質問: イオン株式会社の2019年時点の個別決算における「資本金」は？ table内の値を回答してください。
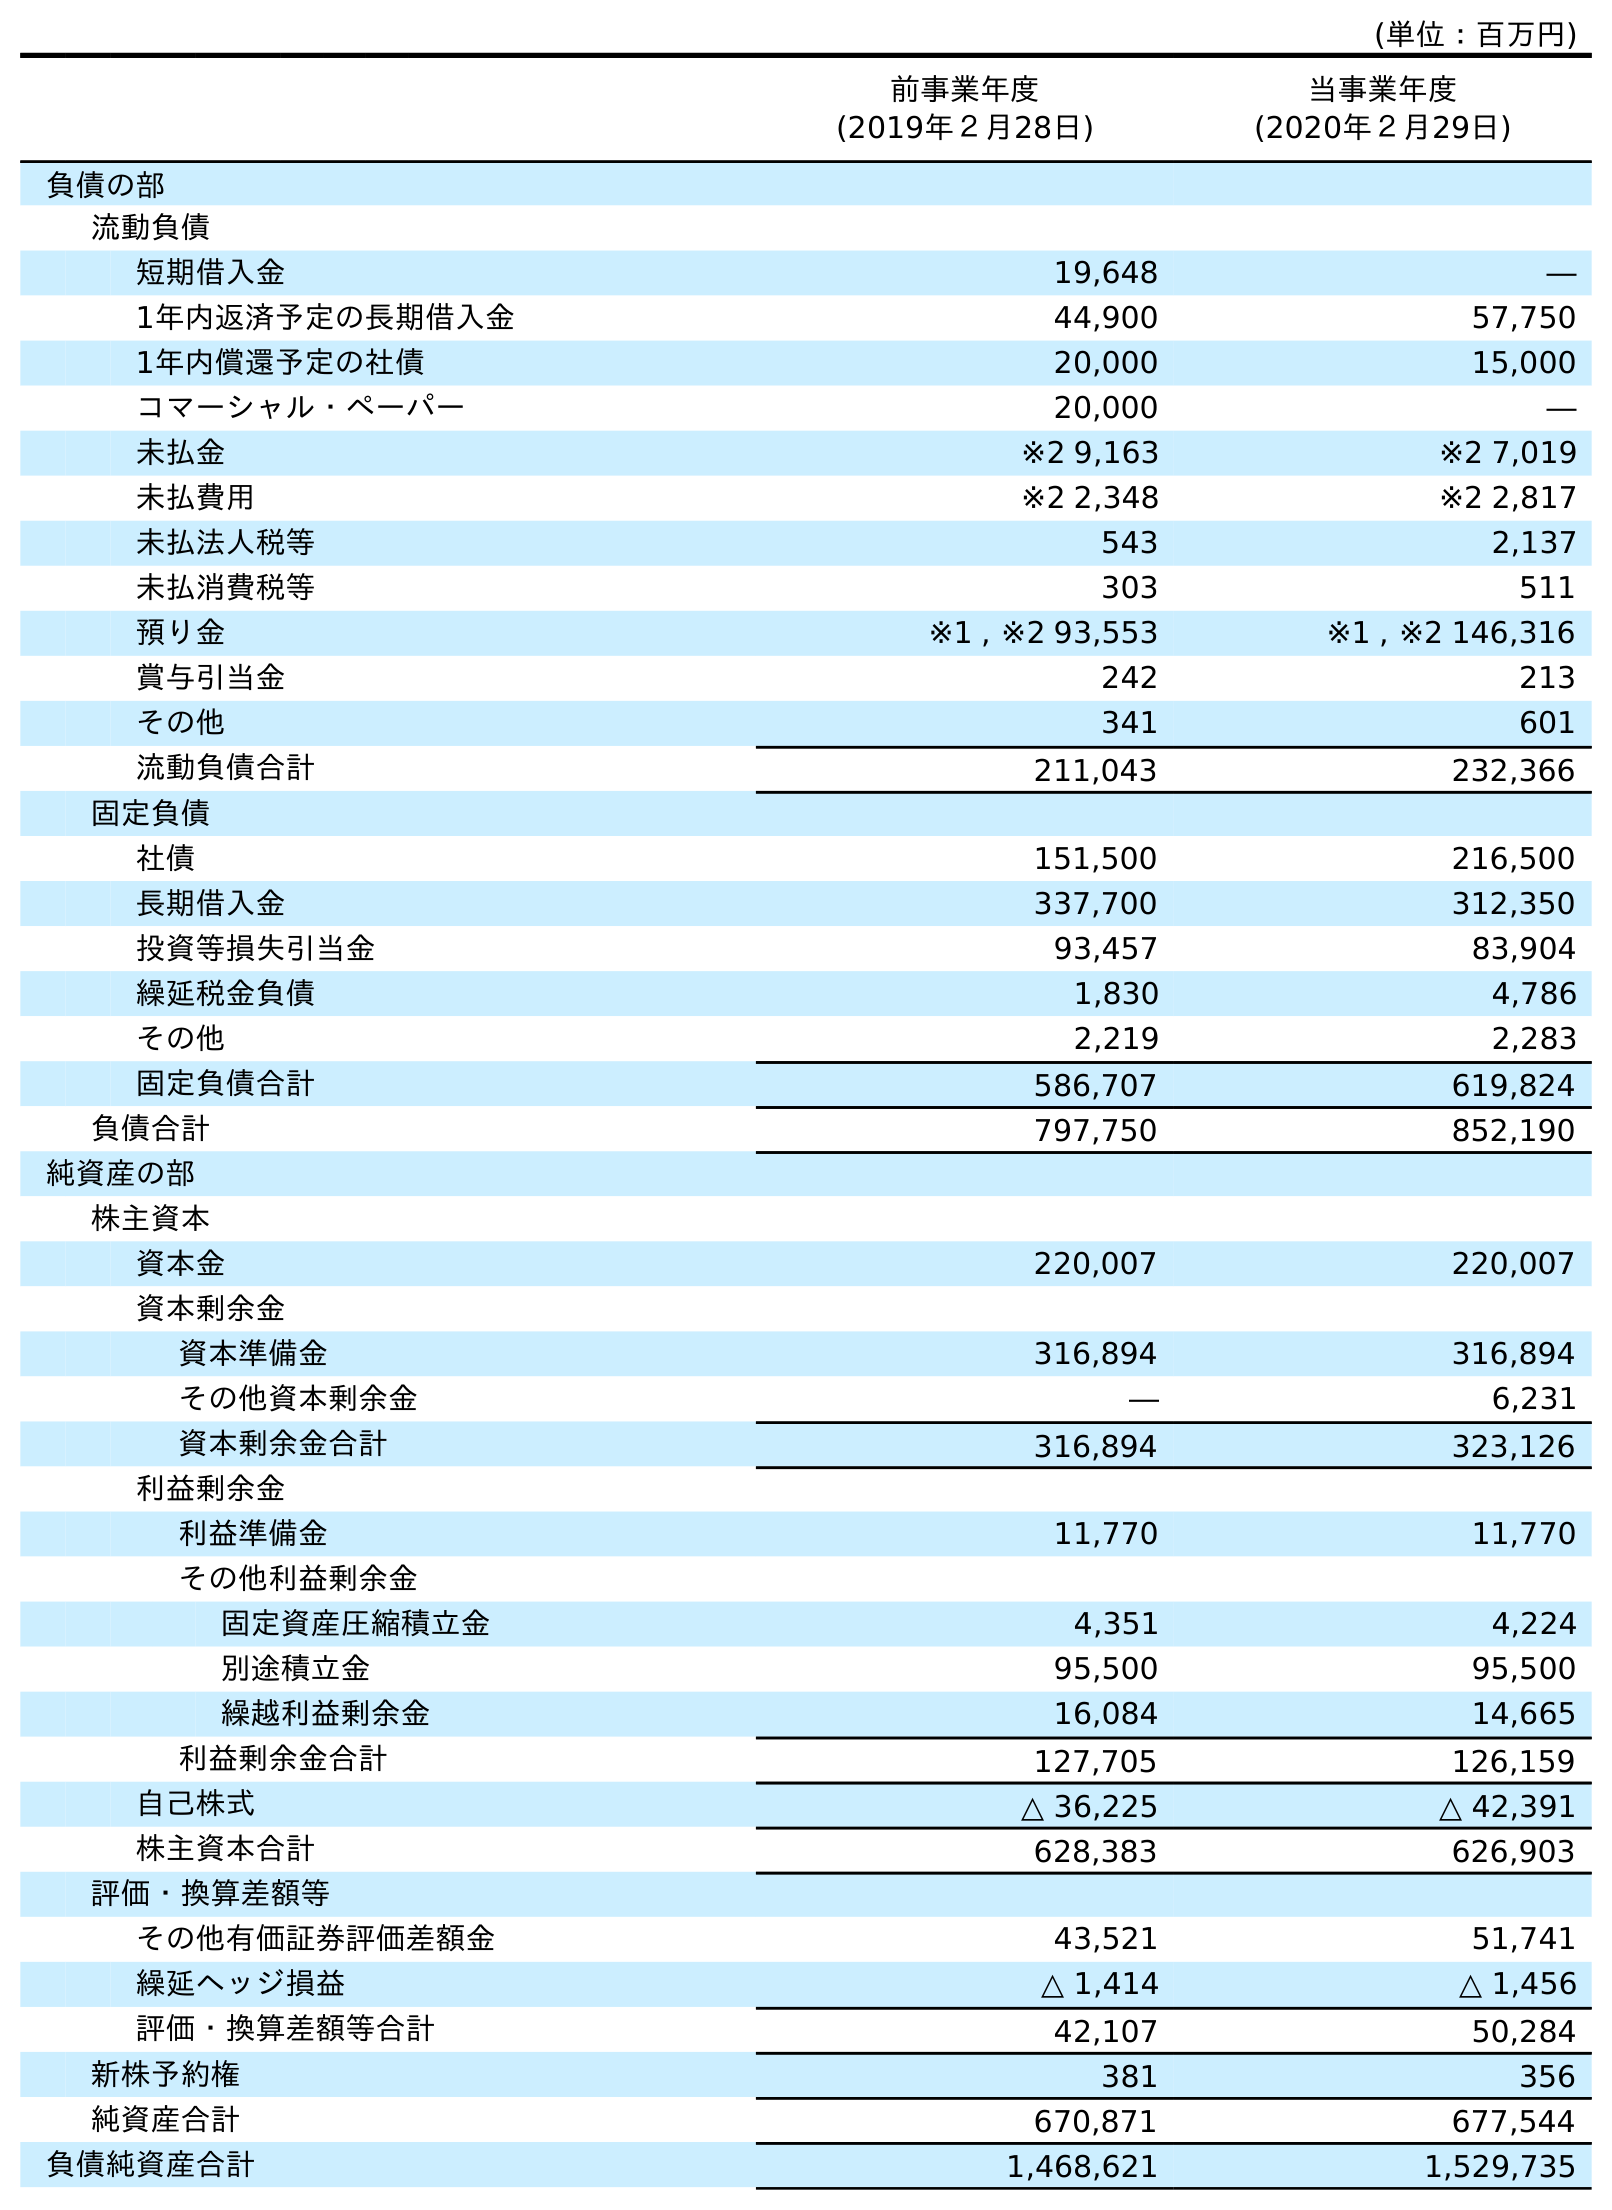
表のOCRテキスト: (単位：百万円) 前事業年度 (2019年２月28日) 当事業年度 (2020年２月29日) 負債の部 流動負債 短期借入金 19,648 ― 1年内返済予定の長期借入金 44,900 57,750 1年内償還予定の社債 20,000 15,000 コマーシャル・ペーパー 20,000 ― 未払金 ※2 9,163 ※2 7,019 未払費用 ※2 2,348 ※2 2,817 未払法人税等 543 2,137 未払消費税等 303 511 預り金 ※1 , ※2 93,553 ※1 , ※2 146,316 賞与引当金 242 213 その他 341 601 流動負債合計 211,043 232,366 固定負債 社債 151,500 216,500 長期借入金 337,700 312,350 投資等損失引当金 93,457 83,904 繰延税金負債 1,830 4,786 その他 2,219 2,283 固定負債合計 586,707 619,824 負債合計 797,750 852,190 純資産の部 株主資本 資本金 220,007 220,007 資本剰余金 資本準備金 316,894 316,894 その他資本剰余金 ― 6,231 資本剰余金合計 316,894 323,126 利益剰余金 利益準備金 11,770 11,770 その他利益剰余金 固定資産圧縮積立金 4,351 4,224 別途積立金 95,500 95,500 繰越利益剰余金 16,084 14,665 利益剰余金合計 127,705 126,159 自己株式 △ 36,225 △ 42,391 株主資本合計 628,383 626,903 評価・換算差額等 その他有価証券評価差額金 43,521 51,741 繰延ヘッジ損益 △ 1,414 △ 1,456 評価・換算差額等合計 42,107 50,284 新株予約権 381 356 純資産合計 670,871 677,544 負債純資産合計 1,468,621 1,529,735
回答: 220,007